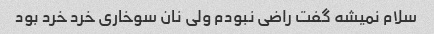
سلام نمیشه گفت راضی نبودم ولی نان سوخاری خرد خرد بود